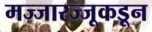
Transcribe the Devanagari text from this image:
मज्जारज्जूकडून